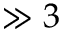
\gg 3